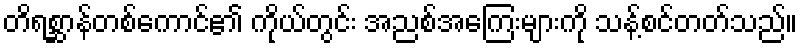
တိရစ္ဆာန်တစ်ကောင်၏ ကိုယ်တွင်း အညစ်အကြေးများကို သန့်စင်တတ်သည်။